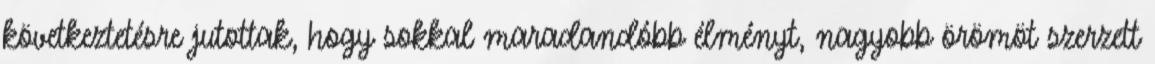
következtetésre jutottak, hogy sokkal maradandóbb élményt, nagyobb örömöt szerzett